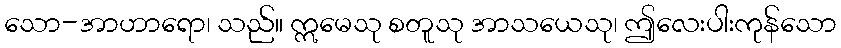
သော-အာဟာရော၊ သည်။ ဣမေသု စတူသု အာသယေသု၊ ဤလေးပါးကုန်သော